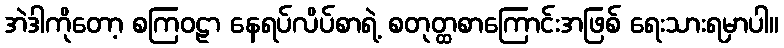
အဲဒါကိုတော့ စကြဝဠာ နေရပ်လိပ်စာရဲ့ စတုတ္ထစာကြောင်းအဖြစ် ရေးသားရမှာပါ။